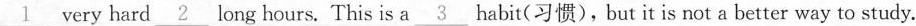
\underline{1} very hard \underline{2} long hours. This is a \underline{3} habit(习惯),but it is not a better way to study.